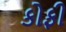
કોફી